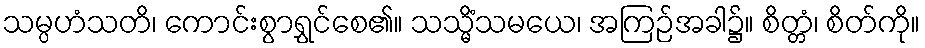
သမ္ပဟံသတိ၊ ကောင်းစွာရွှင်စေ၏။ သသ္မိံသမယေ၊ အကြဉ်အခါ၌။ စိတ္တံ၊ စိတ်ကို။